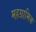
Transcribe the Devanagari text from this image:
महग्रामिक